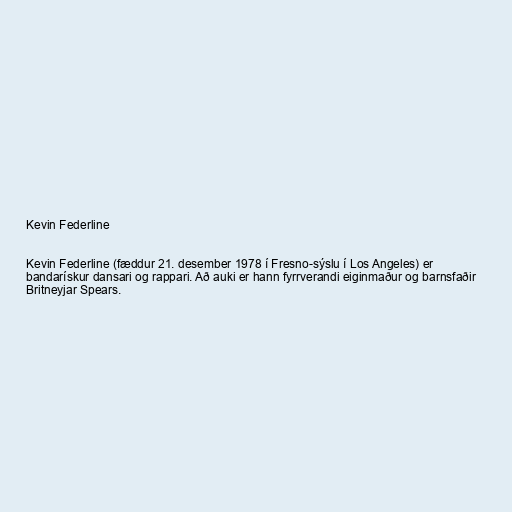
Kevin Federline

Kevin Federline (fæddur 21. desember 1978 í Fresno-sýslu í Los Angeles) er
bandarískur dansari og rappari. Að auki er hann fyrrverandi eiginmaður og barnsfaðir
Britneyjar Spears.